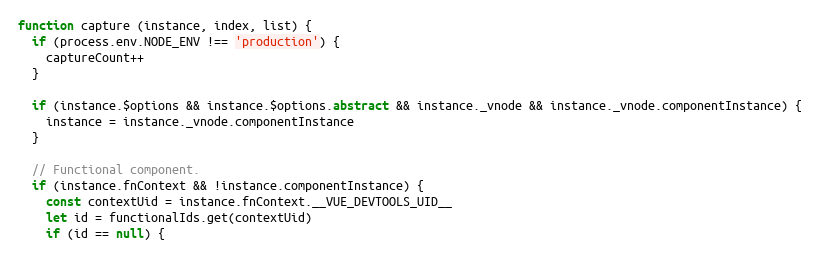
Language: JavaScript
function capture (instance, index, list) {
  if (process.env.NODE_ENV !== 'production') {
    captureCount++
  }

  if (instance.$options && instance.$options.abstract && instance._vnode && instance._vnode.componentInstance) {
    instance = instance._vnode.componentInstance
  }

  // Functional component.
  if (instance.fnContext && !instance.componentInstance) {
    const contextUid = instance.fnContext.__VUE_DEVTOOLS_UID__
    let id = functionalIds.get(contextUid)
    if (id == null) {